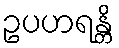
ဥပဟရန္တိ